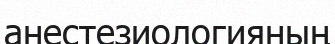
анестезиологияның